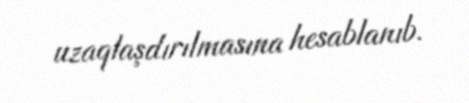
uzaqlaşdırılmasına hesablanıb.